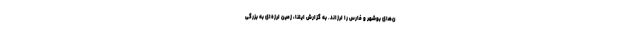
ن‌‌های بوشهر و فارس را لرزاند. به گزارش ایلنا، زمین ‌لرزه‌ای به بزرگی